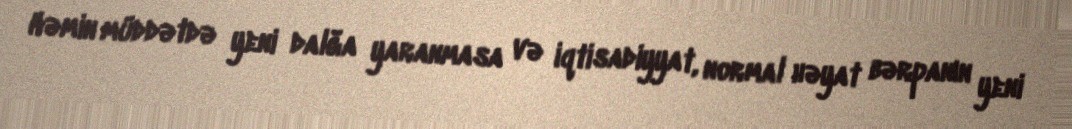
Həmin müddətdə yeni dalğa yaranmasa və iqtisadiyyat, normal həyat bərpanın yeni